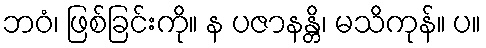
ဘဝံ၊ ဖြစ်ခြင်းကို။ န ပဇာနန္တိ၊ မသိကုန်။ ပ။